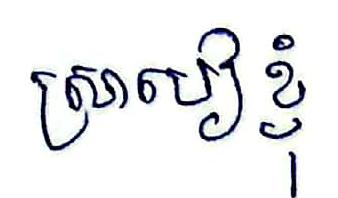
ស្រាបៀខ្ញុំ